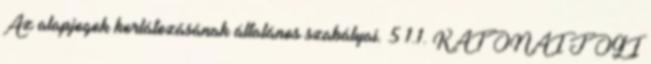
Az alapjogok korlátozásának általános szabályai. 5 1.1. KATONAI JOGI